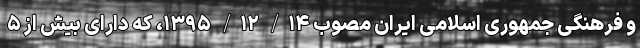
و فرهنگی جمهوری اسلامی ایران مصوب ۱۴/ ۱۲/ ۱۳۹۵، که دارای بیش از ۵